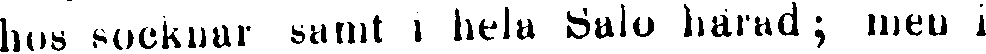
bos socknar samt i hela Salo härad; men i